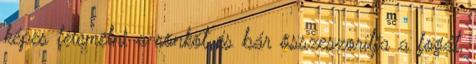
képes felemelni a rönköt és bár összeszorítja a fogát,